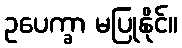
ဥပေက္ခာ မပြုနိုင်။